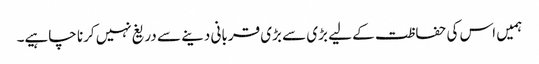
ہمیں اس کی حفاظت کے لیے بڑی سے بڑی قربانی دینے سے دریغ نہیں کرنا چاہیے۔